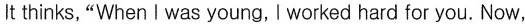
It thinks,"When I was young, I worked hard for you. Now,